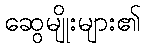
ဆွေမျိုးများ၏